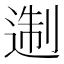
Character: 𨔈